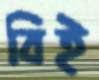
বিই